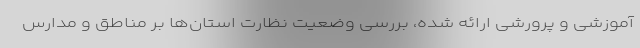
آموزشی و پرورشی ارائه شده، بررسی وضعیت نظارت استان‌ها بر مناطق و مدارس